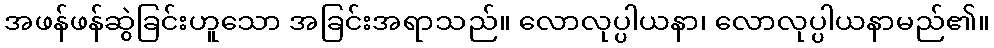
အဖန်ဖန်ဆွဲခြင်းဟူသော အခြင်းအရာသည်။ လောလုပ္ပါယနာ၊ လောလုပ္ပါယနာမည်၏။